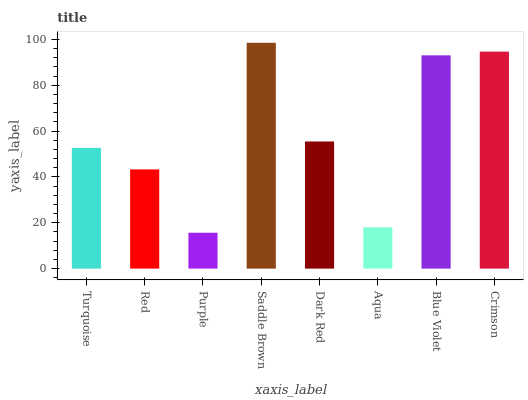
| xaxis_label | bars |
 | --- | --- |
 | Turquoise | 52.7 |
 | Red | 43.3 |
 | Purple | 15.7 |
 | Saddle Brown | 98.6 |
 | Dark Red | 55.5 |
 | Aqua | 18 |
 | Blue Violet | 93.1 |
 | Crimson | 94.7 |